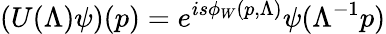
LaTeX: (U(\Lambda)\psi)(p)=e^{is\phi_{W}(p,\Lambda)}\psi(\Lambda^{-1}p)